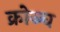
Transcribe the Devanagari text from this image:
क्रोञ्च